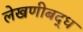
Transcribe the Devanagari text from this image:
लेखणीबद्ध